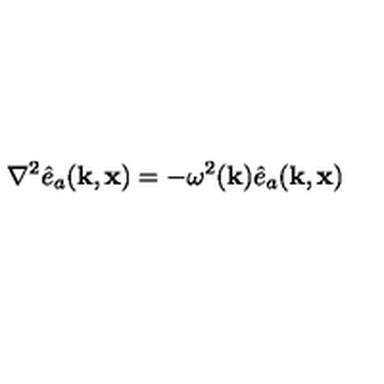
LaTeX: \nabla ^ { 2 } \hat { e } _ { a } ( { \bf k } , { \bf x } ) = - \omega ^ { 2 } ( { \bf k } ) \hat { e } _ { a } ( { \bf k } , { \bf x } )